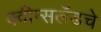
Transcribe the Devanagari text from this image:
क्वीन्सलँडचे